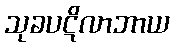
သုခပဋိလာဘာယ